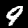
Digit: 9